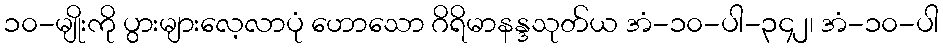
၁၀-မျိုးကို ပွားများလေ့လာပုံ ဟောသော ဂိရိမာနန္ဒသုတ်ယ အံ-၁၀-ပါ-၃၄၂၊ အံ-၁၀-ပါ